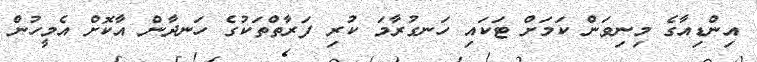
އިންޑިއާގެ މިނިވަން ކަމަށް ޓަކައި ހަނގުރާމަ ކުރި ފަރާތްތަކުގެ ހަނދާން އާކޮށް އެމީހުން